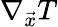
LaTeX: \nabla_{\vec{x}}T